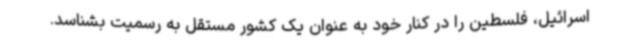
اسرائیل، فلسطین را در کنار خود به عنوان یک کشور مستقل به رسمیت بشناسد.